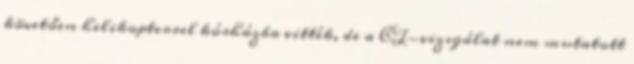
követően helikopterrel kórházba vitték, de a CT-vizsgálat nem mutatott